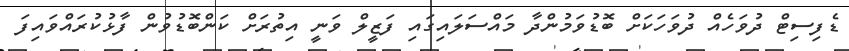
ޑެފިސިޓް ދުވަހެއް ދުވަހަކަށް ބޮޑުވަމުންދާ މައްސަލައިގައި ފަޒީލް ވަނީ އިތުރަށް ކަންބޮޑުވުން ފާޅުކުރައްވައިފަ